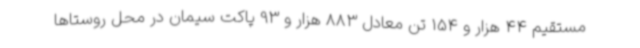
مستقیم 44 هزار و 154 تن معادل 883 هزار و 93 پاکت سیمان در محل روستاها